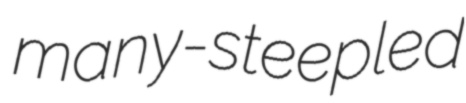
many-steepled